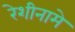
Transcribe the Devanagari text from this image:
रेशीनामे